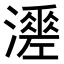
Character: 𤁺